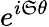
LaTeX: e^{i\mathfrak{S}\theta}